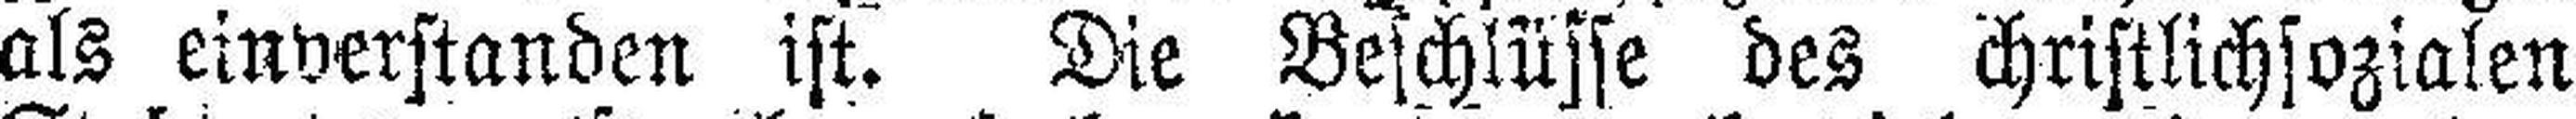
als einverstanden ist. Die Beschlüsse des christlichsozialen